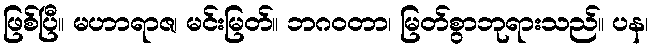
ဖြစ်ပြီ။ မဟာရာဇ၊ မင်းမြတ်။ ဘဂဝတာ၊ မြတ်စွာဘုရားသည်။ ပန၊